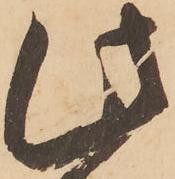
此